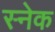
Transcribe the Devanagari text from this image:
स्‍नेक